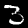
Label: 3